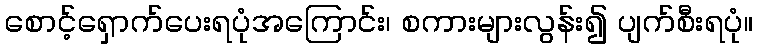
စောင့်ရှောက်ပေးရပုံအကြောင်း၊ စကားများလွန်း၍ ပျက်စီးရပုံ။